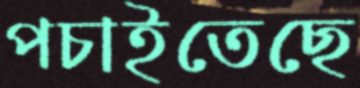
পচাইতেছে